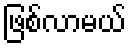
ဖြစ်လာမယ်